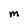
Character: m